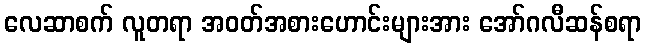
လေဆာစက် လူတရာ အဝတ်အစားဟောင်းများအား အော်ဂလီဆန်စရာ